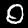
Digit: 0